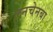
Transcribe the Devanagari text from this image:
लनचेनबा